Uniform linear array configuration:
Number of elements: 16
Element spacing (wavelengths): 1
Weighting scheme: uniform
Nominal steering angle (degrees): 60
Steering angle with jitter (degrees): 61.004
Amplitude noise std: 0.05
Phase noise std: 0.05

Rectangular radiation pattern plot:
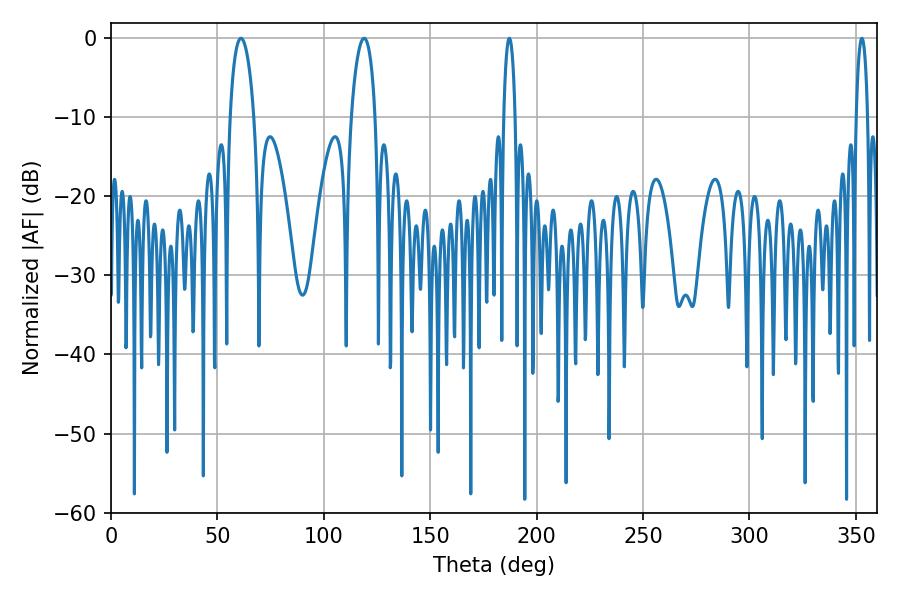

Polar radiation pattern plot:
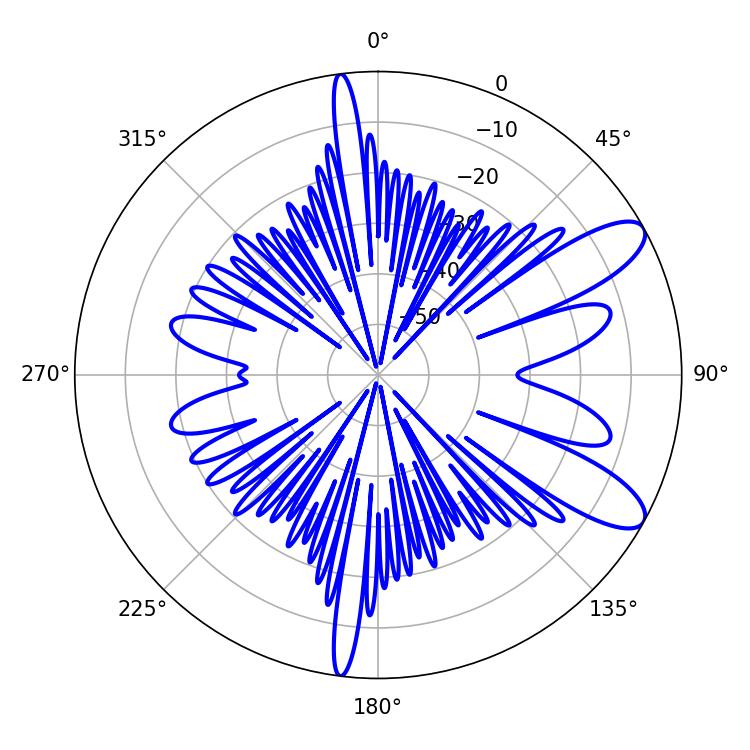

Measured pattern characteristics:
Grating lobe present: TRUE
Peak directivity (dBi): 9.934
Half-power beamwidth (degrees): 6.48
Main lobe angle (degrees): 61.02